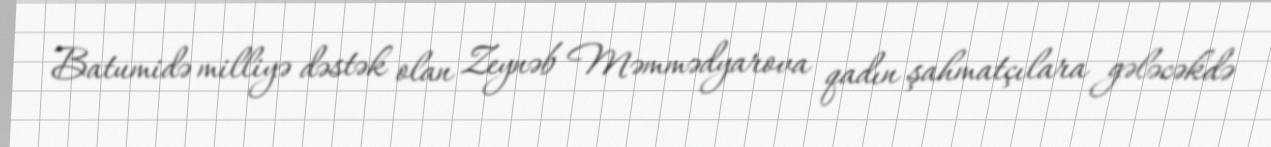
Batumidə milliyə dəstək olan Zeynəb Məmmədyarova qadın şahmatçılara gələcəkdə